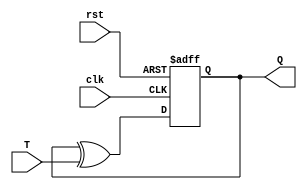
module T_ff (
    input wire clk,    // clock input
    input wire rst,    // asynchronous reset input 
    input wire T,      // T input signal
    output reg Q       // output signal
);

reg D;                // intermediate signal for D flip-flop input

// XOR gate for D input
assign D = Q ^ T;

// D flip-flop
always @(posedge clk or posedge rst) begin
    if (rst) begin
        Q <= 1'b0;
    end else begin
        Q <= D;
    end
end

endmodule